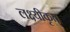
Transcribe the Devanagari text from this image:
लक्ष्यीकृत